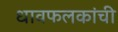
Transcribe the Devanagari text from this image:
धावफलकांची